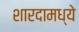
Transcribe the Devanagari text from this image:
शारदामध्ये